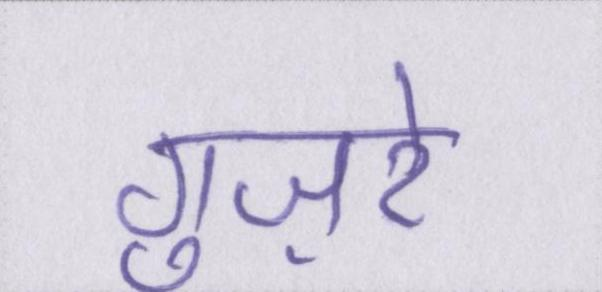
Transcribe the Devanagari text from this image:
गुज़रे